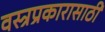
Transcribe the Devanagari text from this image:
वस्त्रप्रकारासाठी